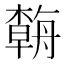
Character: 𱼿